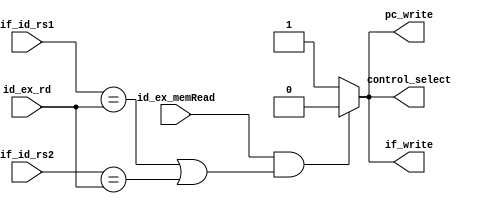
module hazardDetectionUnit (
    input id_ex_memRead,
    input [4:0] id_ex_rd,
    input [4:0] if_id_rs1,
    input [4:0] if_id_rs2,

    output reg pc_write,
    output reg if_write,
    output reg control_select
);

    always @(*) begin
        if(id_ex_memRead && (if_id_rs1 == id_ex_rd || if_id_rs2 == id_ex_rd)) begin
            pc_write = 0;
            if_write = 0;
            control_select = 0;
        end else begin
            pc_write = 1;
            if_write = 1;
            control_select = 1;
        end
    end
    
endmodule